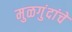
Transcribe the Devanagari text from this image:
मुळगुंदांचे